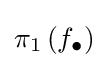
\pi _{1}\left(f_{\bullet }\right)